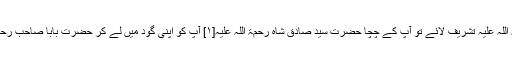
آپ دو تین مہینے کے تھے کہ حضرت بابا جی فقیر محمد چوراہی رحمۃ اللہ علیہ تشریف لائے تو آپ کے چچا حضرت سیّد صادق شاہ رحمۃ اللہ علیہ[۱] آپ کو اپنی گود میں لے کر حضرت بابا صاحب رحمۃ اللہ علیہ کی خدمت میں لائے اور عرض کیا کہ ’’اس پر دَم کردیجیے۔